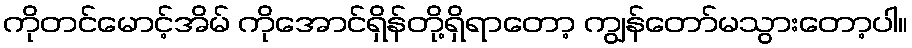
ကိုတင်မောင့်အိမ် ကိုအောင်ရှိန်တို့ရှိရာတော့ ကျွန်တော်မသွားတော့ပါ။